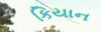
કિયાન